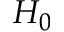
H _ { 0 }